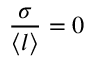
\frac { \sigma } { \langle l \rangle } = 0